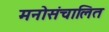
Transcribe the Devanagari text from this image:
मनोसंचालित